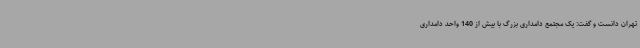
تهران دانست و گفت: یک مجتمع دامداری بزرگ با بیش از 140 واحد دامداری